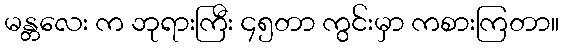
မန္တလေး က ဘုရားကြီး ၄၅တာ ကွင်းမှာ ကစားကြတာ။